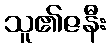
သူ၏ဇနီး